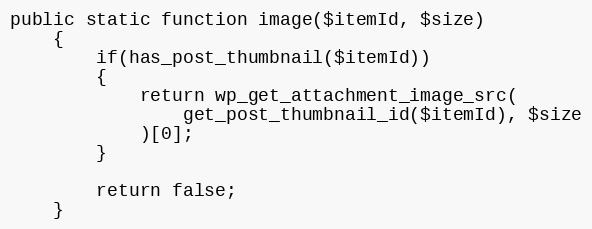
Language: PHP
public static function image($itemId, $size)
    {
        if(has_post_thumbnail($itemId))
        {
            return wp_get_attachment_image_src(
                get_post_thumbnail_id($itemId), $size
            )[0];
        }

        return false;
    }